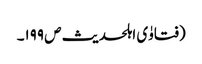
(فتاوٰی اہلحدیث ص ۱۹۹۔